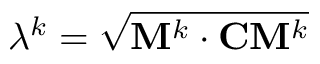
\lambda ^ { k } = \sqrt { \mathbf { M } ^ { k } \cdot { \bf { C } } \mathbf { M } ^ { k } }